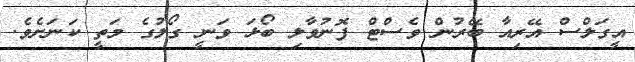
އީގަލްސް އޭރިއާ ބޭރުން ވެސްޓް ފޮނުވާލި ބޯޅަ ވަނީ ގޯލުގެ މަތީ ކަނަށެވެ.